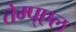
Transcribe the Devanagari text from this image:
तेम्प्एल